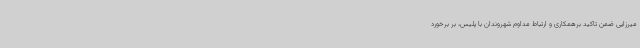
میرزایی ضمن تاکید برهمکاری و ارتباط مداوم شهروندان با پلیس، بر برخورد